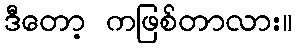
ဒီတော့ ကဖြစ်တာလား။